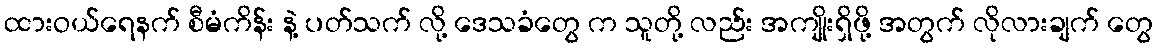
ထားဝယ်ရေနက် စီမံကိန်း နဲ့ ပတ်သက် လို့ ဒေသခံတွေ က သူတို့ လည်း အကျိုးရှိဖို့ အတွက် လိုလားချက် တွေ